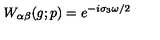
W _ { \alpha \beta } ( g ; p ) = e ^ { - i \sigma _ { 3 } \omega / 2 }